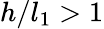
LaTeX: h/l_{1}>1